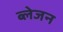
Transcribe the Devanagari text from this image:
ब्लेजन